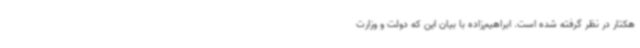
هکتار در نظر گرفته شده است. ابراهیم‌زاده با بیان این که دولت و وزارت